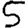
Digit: 5